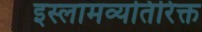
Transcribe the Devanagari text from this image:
इस्लामव्यतिरिक्त